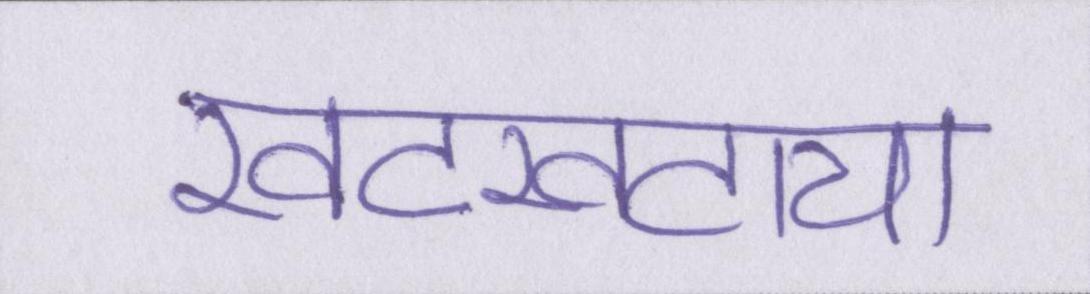
खटखटाया